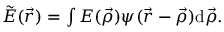
\begin{array} { r } { \tilde { E } ( \vec { r } ) = \int E ( \vec { \rho } ) \psi ( \vec { r } - \vec { \rho } ) \mathrm { d } \vec { \rho } . } \end{array}